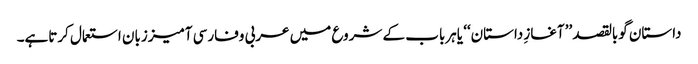
داستان گوبالقصد ’’آغازِ داستان‘‘ یاہرباب کے شروع میں عربی وفارسی آمیززبان استعمال کرتاہے۔